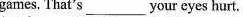
games. That's___ your eyes hurt.